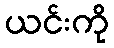
ယင်းကို